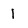
Character: l